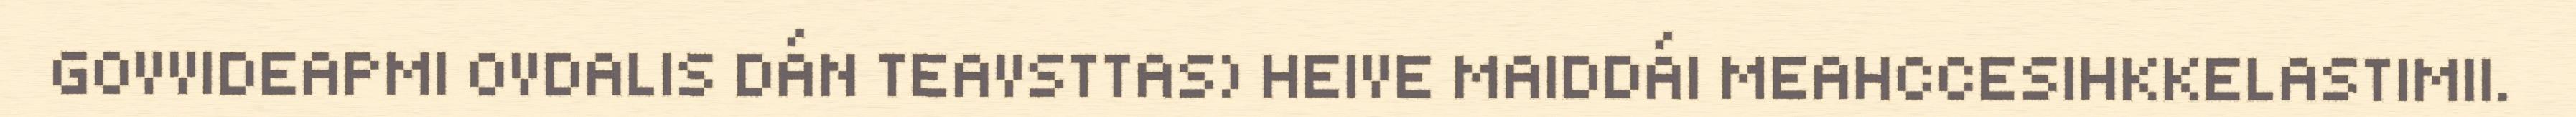
GOVVIDEAPMI OVDALIS DÁN TEAVSTTAS) HEIVE MAIDDÁI MEAHCCESIHKKELASTIMII.